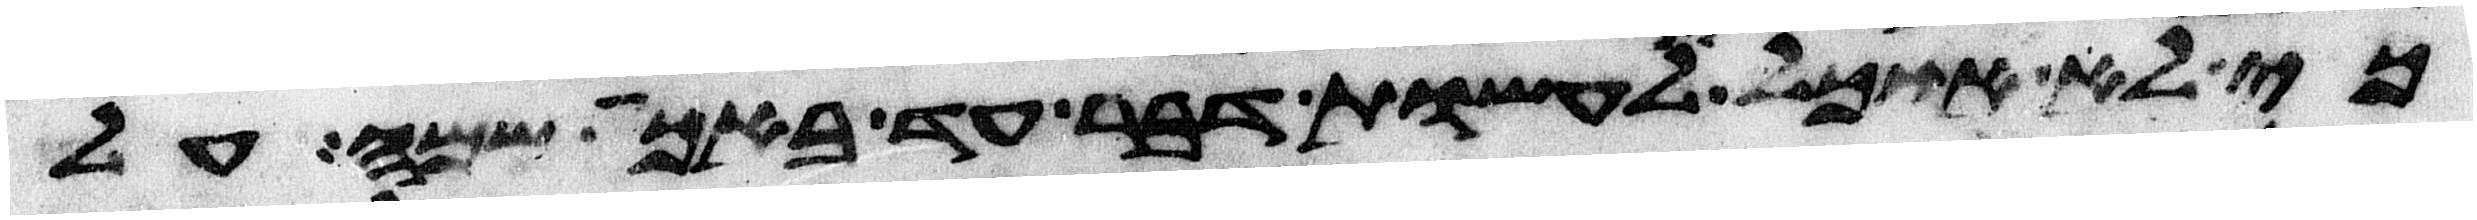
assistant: כי לא אוכל לעשות דבר עד באכה שמה על